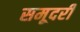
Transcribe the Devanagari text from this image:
समूदरी